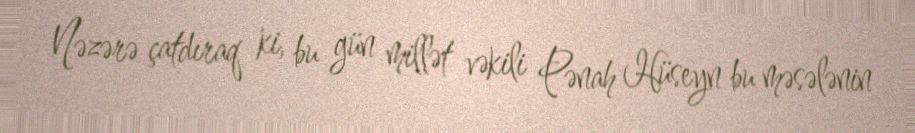
Nəzərə çatdıraq ki, bu gün millət vəkili Pənah Hüseyn bu məsələnin